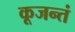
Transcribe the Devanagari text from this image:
कूजन्तं